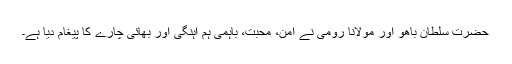
حضرت سلطان باھوؒ اور مولانا رومیؒ نے امن، محبت، باہمی ہم آہنگی اور بھائی چارے کا پیغام دیا ہے۔